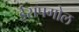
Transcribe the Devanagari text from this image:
ईसपगोल